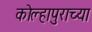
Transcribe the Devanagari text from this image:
कोल्हापुराच्या